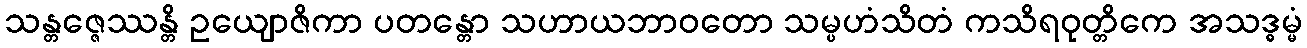
သန္တဇ္ဇေဿန္တိ ဥယျောဇိကာ ပတန္တော သဟာယဘာဝတော သမ္ပဟံသိတံ ကသိရဝုတ္တိကေ အသဒ္ဓမ္မံ